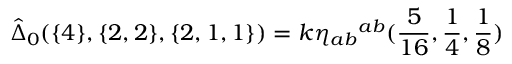
\hat { \Delta } _ { 0 } ( \{ 4 \} , \{ 2 , 2 \} , \{ 2 , 1 , 1 \} ) = k \eta _ { a b } \l ^ { a b } ( \frac { 5 } { 1 6 } , \frac { 1 } { 4 } , \frac { 1 } { 8 } )